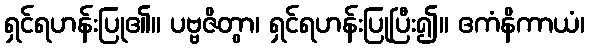
ရှင်ရဟန်းပြု၏။ ပဗ္ဗဇိတွာ၊ ရှင်ရဟန်းပြုပြီး၍။ ဧကံနိကာယံ၊